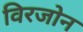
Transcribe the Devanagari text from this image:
विरजोन